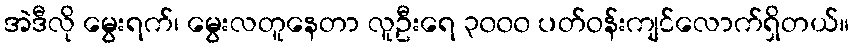
အဲဒီလို မွေးရက်၊ မွေးလတူနေတာ လူဦးရေ ၃၀၀၀ ပတ်ဝန်းကျင်လောက်ရှိတယ်။